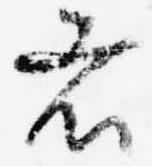
者